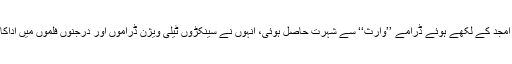
عابد علی کو امجد اسلام امجد کے لکھے ہوئے ڈرامے ’’وارث‘‘ سے شہرت حاصل ہوئی، انہوں نے سینکڑوں ٹیلی ویژن ڈراموں اور درجنوں فلموں میں اداکاری کے جوہر دکھائے۔